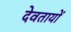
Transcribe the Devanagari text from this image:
देवतायों